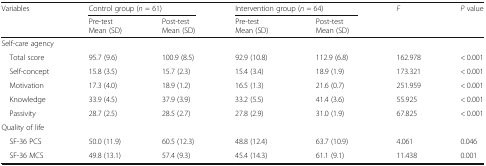
<table><thead><tr><td rowspan="2"><b>Variables</b></td><td colspan="2"><b>Control group (<i>n</i> = 61)</b></td><td colspan="2"><b>Intervention group (<i>n</i> = 64)</b></td><td rowspan="2"><b><i>F</i></b></td><td rowspan="2"><b><i>P</i> value</b></td></tr><tr><td><b>Pre-testMean (SD)</b></td><td><b>Post-testMean (SD)</b></td><td><b>Pre-testMean (SD)</b></td><td><b>Post-testMean (SD)</b></td></tr></thead><tbody><tr><td colspan="7">Self-care agency</td></tr><tr><td> Total score</td><td>95.7 (9.6)</td><td>100.9 (8.5)</td><td>92.9 (10.8)</td><td>112.9 (6.8)</td><td>162.978</td><td>&lt; 0.001</td></tr><tr><td> Self-concept</td><td>15.8 (3.5)</td><td>15.7 (2.3)</td><td>15.4 (3.4)</td><td>18.9 (1.9)</td><td>173.321</td><td>&lt; 0.001</td></tr><tr><td> Motivation</td><td>17.3 (4.0)</td><td>18.9 (1.2)</td><td>16.5 (1.3)</td><td>21.6 (0.7)</td><td>251.959</td><td>&lt; 0.001</td></tr><tr><td> Knowledge</td><td>33.9 (4.5)</td><td>37.9 (3.9)</td><td>33.2 (5.5)</td><td>41.4 (3.6)</td><td>55.925</td><td>&lt; 0.001</td></tr><tr><td> Passivity</td><td>28.7 (2.5)</td><td>28.5 (2.7)</td><td>27.8 (2.9)</td><td>31.0 (1.9)</td><td>67.825</td><td>&lt; 0.001</td></tr><tr><td colspan="7">Quality of life</td></tr><tr><td> SF-36 PCS</td><td>50.0 (11.9)</td><td>60.5 (12.3)</td><td>48.8 (12.4)</td><td>63.7 (10.9)</td><td>4.061</td><td>0.046</td></tr><tr><td> SF-36 MCS</td><td>49.8 (13.1)</td><td>57.4 (9.3)</td><td>45.4 (14.3)</td><td>61.1 (9.1)</td><td>11.438</td><td>0.001</td></tr></tbody></table>